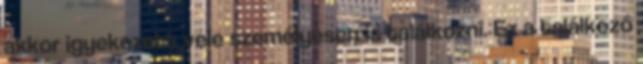
akkor igyekezett vele személyesen is találkozni. Ez a találkozó